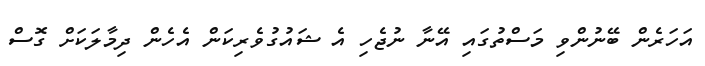
އަހަރެން ބޭނުންވި މަސްތުގައި އޭނާ ނުޖެހި އެ ޝައުގުވެރިކަން އެހެން ދިމާލަކަށް ގޮސް